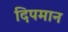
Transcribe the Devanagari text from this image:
दिपमान